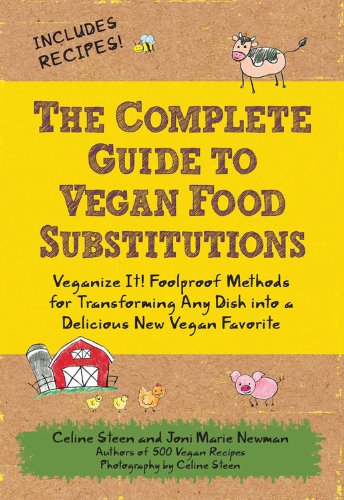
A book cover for The Complete Guide to Vegan Food Substitutions: Veganize It!  Foolproof Methods for Transforming Any Dish into a Delicious New Vegan Favorite; Celine Steen; Cookbooks, Food & Wine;